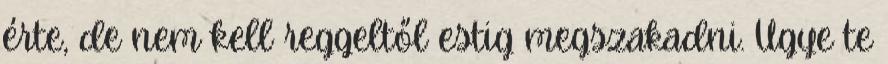
érte, de nem kell reggeltől estig megszakadni. Ugye te